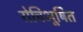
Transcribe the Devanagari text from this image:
रोचिभूषित